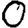
Digit: 0